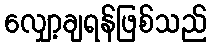
လျှော့ချရန်ဖြစ်သည်